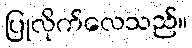
ပြုလိုက်လေသည်။